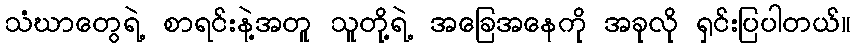
သံဃာတွေရဲ့ စာရင်းနဲ့အတူ သူတို့ရဲ့ အခြေအနေကို အခုလို ရှင်းပြပါတယ်။